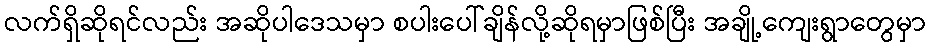
လက်ရှိဆိုရင်လည်း အဆိုပါဒေသမှာ စပါးပေါ်ချိန်လို့ဆိုရမှာဖြစ်ပြီး အချို့ကျေးရွာတွေမှာ